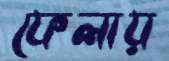
ফেলায়